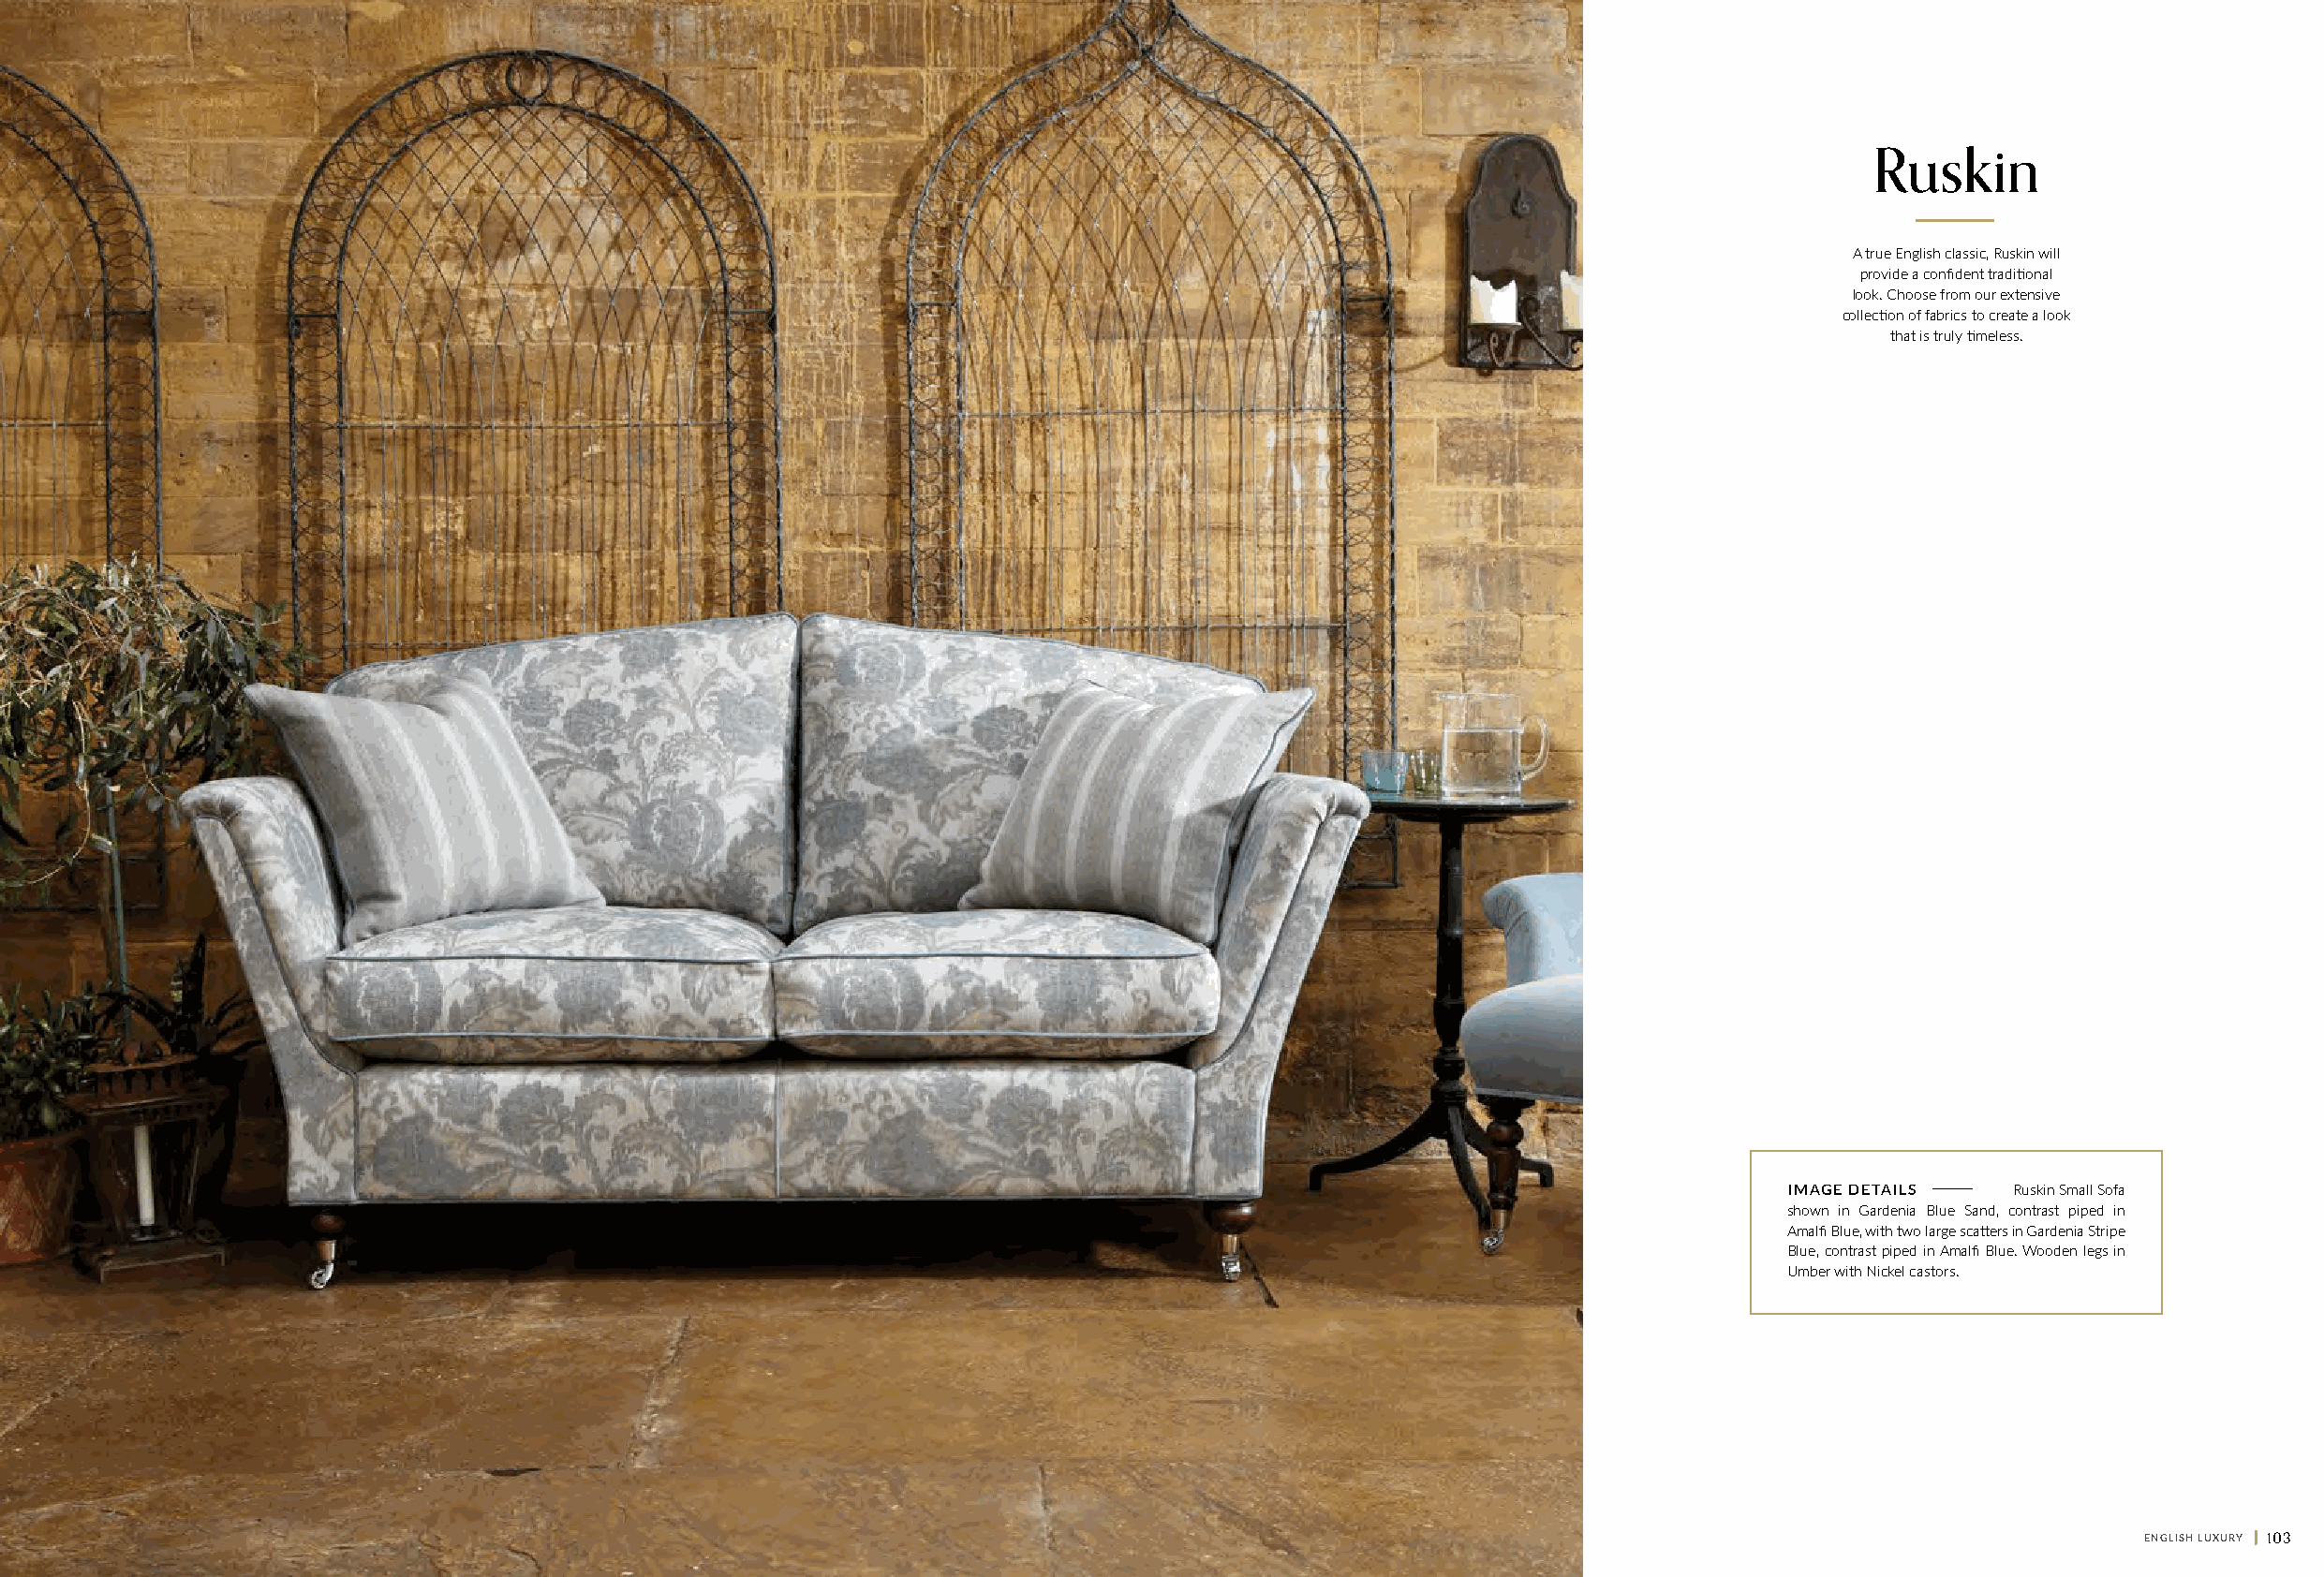
Ruskin
 A true English classic, Ruskin will
 provide a confident traditional
 look. Choose from our extensive
 collection of fabrics to create a look
 that is truly timeless.
 I M A G E D E T A I L S Ruskin Small Sofa
 shown in Gardenia Blue Sand, contrast piped in
 Amalfi Blue, with two large scatters in Gardenia Stripe
 Blue, contrast piped in Amalfi Blue. Wooden legs in
 Umber with Nickel castors.
 102 || ENGLISH LUXURY                                                                                                                                ENGLISH LUXURY || 103